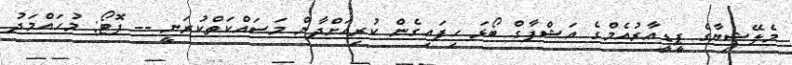
މެލޭޝިޔާގެ ޕީޑީއާރުއެމްގެ އަޝްފާގް ބޯޅަ ހިފައިގެން ކުރިއަށްދާން މަސައްކަތްކުރަނީ -- ފޮޓޯ: މުހައްމަދު